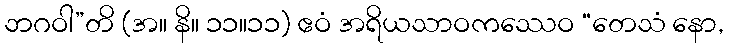
ဘဂဝါ”တိ (အ။ နိ။ ၁၁။၁၁) ဧဝံ အရိယသာဝကဿေဝ “တေသံ နော,